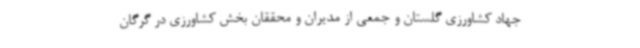
جهاد کشاورزی گلستان و جمعی از مدیران و محققان بخش کشاورزی در گرگان